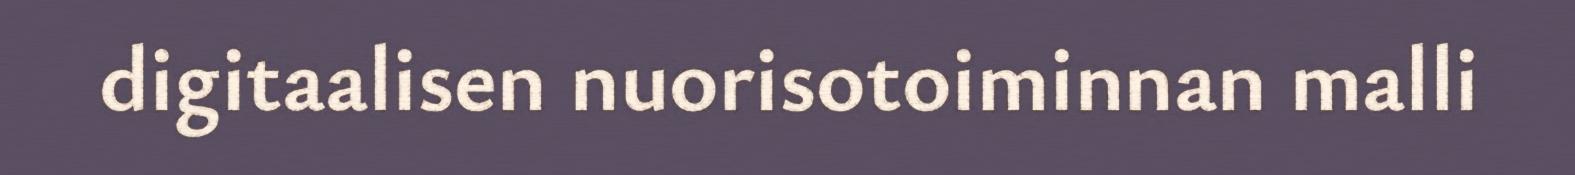
digitaalisen nuorisotoiminnan malli